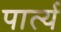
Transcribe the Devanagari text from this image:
पार्त्य